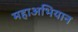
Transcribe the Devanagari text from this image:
महाअभियान